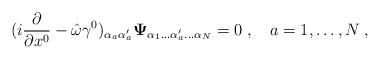
LaTeX: \begin{align*}(i{\partial\over\partial x^0}-\hat{\omega}\gamma^0)_{\alpha_a\alpha^\prime_a}{\bf\Psi}_{\alpha_1\ldots\alpha^\prime_a\ldots\alpha_N}=0\;,\quad a=1,\ldots,N\;,\end{align*}